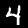
Digit: 4